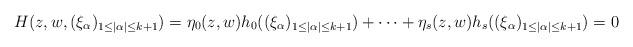
LaTeX: \begin{align*}H(z,w, (\xi_{\alpha})_{1 \leq |\alpha| \leq k+1})=\eta_0(z,w)h_0((\xi_{\alpha})_{1 \leq |\alpha| \leq k+1})+ \cdots + \eta_{s}(z,w)h_{s}((\xi_{\alpha})_{1 \leq |\alpha| \leq k+1})=0\end{align*}